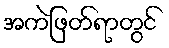
အကဲဖြတ်ရာတွင်